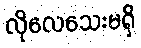
လိုလေသေးမရှိ